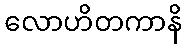
လောဟိတကာနိ